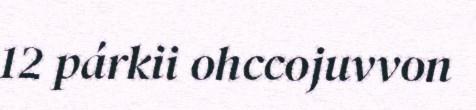
12 párkii ohccojuvvon